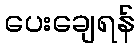
ပေးချေရန်